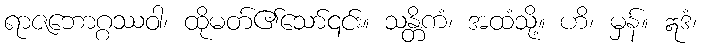
ရာဇဘောဂ္ဂဿဝါ၊ ထိုမတ်၏သော်၎င်း။ သန္တိကံ၊ အထံသို့။ ဟိ၊ မှန်။ ဣဒံ၊